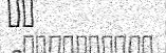
٢٢